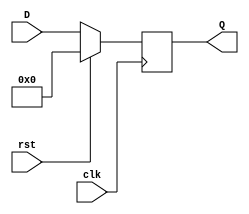
module synchronous_register (
    input wire clk,    // Clock signal
    input wire rst,    // Synchronous reset signal
    input wire [N-1:0] D, // Data input (width N)
    output reg [N-1:0] Q  // Data output (width N)
);
    parameter N = 8; // Define the width of the register (default 8 bits)

    // Always block triggered on the rising edge of the clock or reset
    always @(posedge clk) begin
        if (rst) begin
            Q <= 0; // Clear the register to zero on reset
        end else begin
            Q <= D; // Capture the input data on clock edge
        end
    end

endmodule